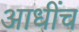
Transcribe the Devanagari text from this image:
आधींच